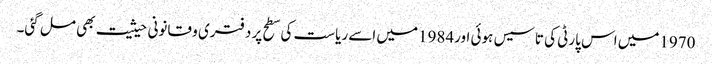
1970میں اس پارٹی کی تاسیس ہوئی اور1984میں اسے ریاست کی سطح پر دفتری و قانونی حیثیت بھی مل گئی۔